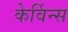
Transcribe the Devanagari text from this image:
केर्विन्स